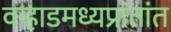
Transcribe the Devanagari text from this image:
वर्‍हाडमध्यप्रांतांत